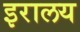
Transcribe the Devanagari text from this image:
इरालय